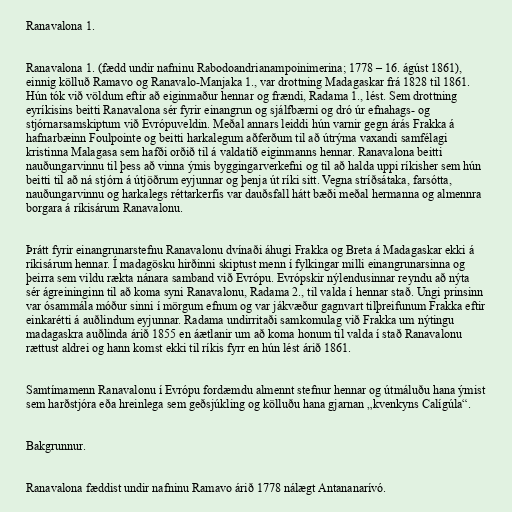
Ranavalona 1.

Ranavalona 1. (fædd undir nafninu Rabodoandrianampoinimerina; 1778 – 16. ágúst 1861),
einnig kölluð Ramavo og Ranavalo-Manjaka 1., var drottning Madagaskar frá 1828 til 1861.
Hún tók við völdum eftir að eiginmaður hennar og frændi, Radama 1., lést. Sem drottning
eyríkisins beitti Ranavalona sér fyrir einangrun og sjálfbærni og dró úr efnahags- og
stjórnarsamskiptum við Evrópuveldin. Meðal annars leiddi hún varnir gegn árás Frakka á
hafnarbæinn Foulpointe og beitti harkalegum aðferðum til að útrýma vaxandi samfélagi
kristinna Malagasa sem hafði orðið til á valdatíð eiginmanns hennar. Ranavalona beitti
nauðungarvinnu til þess að vinna ýmis byggingarverkefni og til að halda uppi ríkisher sem hún
beitti til að ná stjórn á útjöðrum eyjunnar og þenja út ríki sitt. Vegna stríðsátaka, farsótta,
nauðungarvinnu og harkalegs réttarkerfis var dauðsfall hátt bæði meðal hermanna og almennra
borgara á ríkisárum Ranavalonu.

Þrátt fyrir einangrunarstefnu Ranavalonu dvínaði áhugi Frakka og Breta á Madagaskar ekki á
ríkisárum hennar. Í madagösku hirðinni skiptust menn í fylkingar milli einangrunarsinna og
þeirra sem vildu rækta nánara samband við Evrópu. Evrópskir nýlendusinnar reyndu að nýta
sér ágreininginn til að koma syni Ranavalonu, Radama 2., til valda í hennar stað. Ungi prinsinn
var ósammála móður sinni í mörgum efnum og var jákvæður gagnvart tilþreifunum Frakka eftir
einkarétti á auðlindum eyjunnar. Radama undirritaði samkomulag við Frakka um nýtingu
madagaskra auðlinda árið 1855 en áætlanir um að koma honum til valda í stað Ranavalonu
rættust aldrei og hann komst ekki til ríkis fyrr en hún lést árið 1861.

Samtímamenn Ranavalonu í Evrópu fordæmdu almennt stefnur hennar og útmáluðu hana ýmist
sem harðstjóra eða hreinlega sem geðsjúkling og kölluðu hana gjarnan „kvenkyns Calígúla“.

Bakgrunnur.

Ranavalona fæddist undir nafninu Ramavo árið 1778 nálægt Antananarívó.